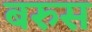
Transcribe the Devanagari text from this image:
बरुस